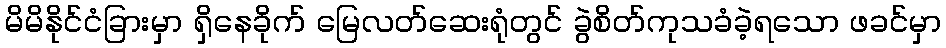
မိမိနိုင်ငံခြားမှာ ရှိနေခိုက် မြေလတ်ဆေးရုံတွင် ခွဲစိတ်ကုသခံခဲ့ရသော ဖခင်မှာ